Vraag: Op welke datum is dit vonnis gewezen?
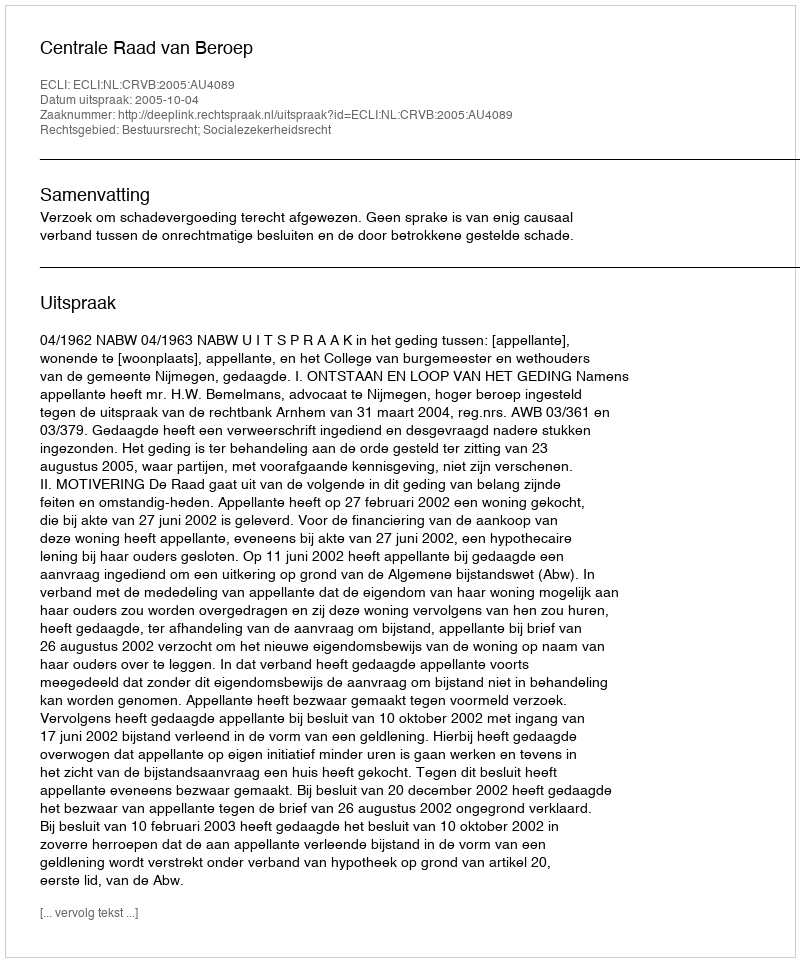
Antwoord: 2005-10-04